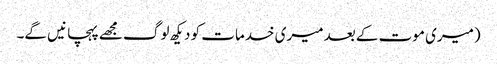
(میری موت کے بعد میری خدمات کو دیکھ لوگ مجھے پہچانیں گے۔